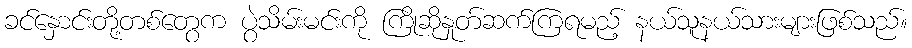
ခင်နှောင်းတို့တစ်တွေက ပွဲသိမ်းမင်းကို ကြိုဆိုနှုတ်ဆက်ကြရမည့် နယ်သူနယ်သားများဖြစ်သည်။